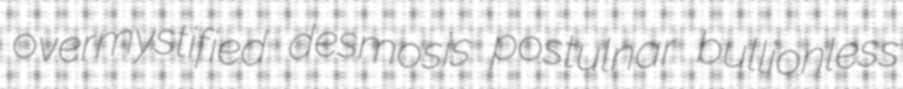
overmystified desmosis postulnar bullionless